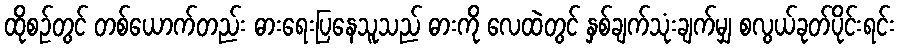
ထိုစဉ်တွင် တစ်ယောက်တည်း ဓားရေးပြနေသူသည် ဓားကို လေထဲတွင် နှစ်ချက်သုံးချက်မျှ စလွယ်ခုတ်ပိုင်းရင်း